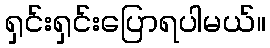
ရှင်းရှင်းပြောရပါမယ်။